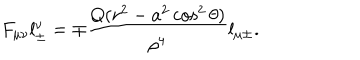
F _ { \mu \nu } l _ { \pm } ^ { \nu } = \mp \frac { Q ( r ^ { 2 } - a ^ { 2 } \cos ^ { 2 } \theta ) } { \rho ^ { 4 } } l _ { \mu \pm } .